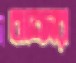
বান্দর